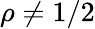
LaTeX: \rho\neq 1/2